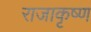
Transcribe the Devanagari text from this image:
राजाकृष्ण